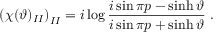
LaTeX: \left( \chi ( \vartheta ) _ { I I } \right) _ { I I } = i \log \frac { i \sin \pi p - \sinh \vartheta } { i \sin \pi p + \sinh \vartheta } \, \, .